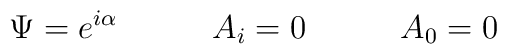
\Psi= e^{i \alpha}  \hskip 1.2cm A_i=0 \hskip 1.2cm A_0=0